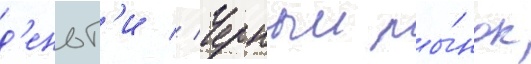
д'еньг'и // Черныи ры́нок